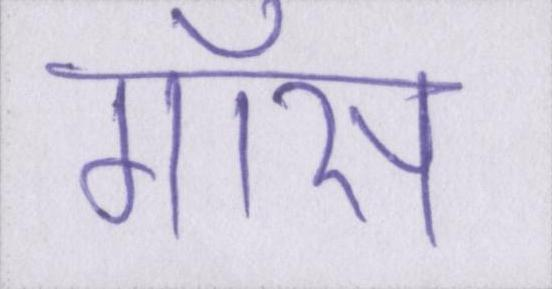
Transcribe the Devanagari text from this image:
गॉस